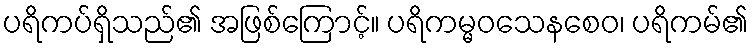
ပရိကပ်ရှိသည်၏ အဖြစ်ကြောင့်။ ပရိကမ္မဝသေနစေဝ၊ ပရိကမ်၏